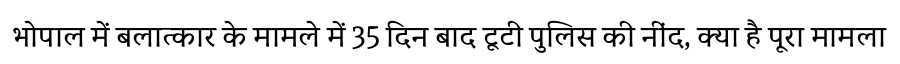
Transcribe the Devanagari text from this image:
भोपाल में बलात्कार के मामले में 35 दिन बाद टूटी पुलिस की नींद, क्या है पूरा मामला